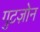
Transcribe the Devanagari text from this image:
गुटज़ोन